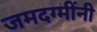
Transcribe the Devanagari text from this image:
जमदग्मींनी